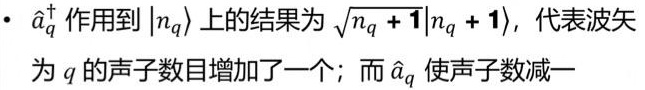
- $\hat{a}_q^{\dagger}$ 作用到 $|n_q\rangle$ 上的结果为 $\sqrt{n_q + 1}|n_q + 1\rangle$，代表波矢为 $q$ 的声子数目增加了一个；而 $\hat{a}_q$ 使声子数减一